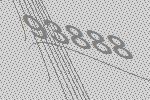
93888